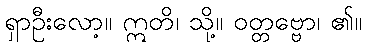
ရှာဦးလော့။ ဣတိ၊ သို့။ ဝတ္တဗ္ဗော၊ ၏။